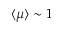
\langle \mu \rangle \sim 1